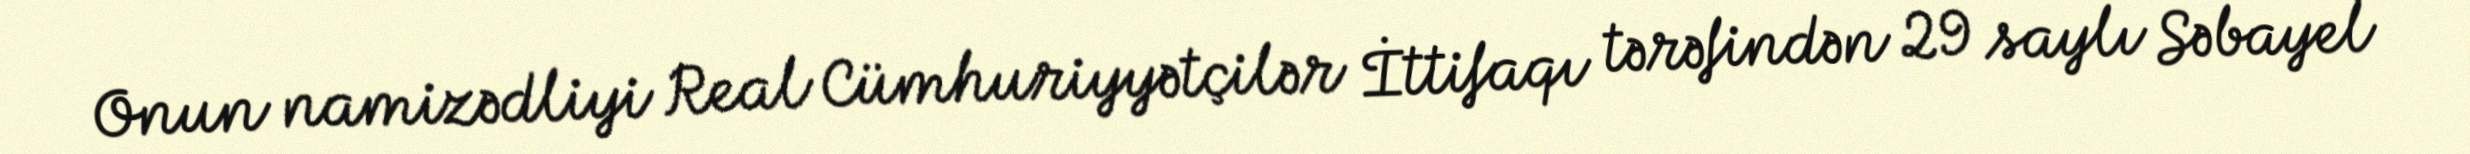
Onun namizədliyi Real Cümhuriyyətçilər İttifaqı tərəfindən 29 saylı Səbayel